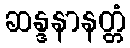
ဆန္ဒနာနတ္တံ